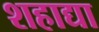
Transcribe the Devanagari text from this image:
शहाद्या